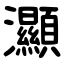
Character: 灦